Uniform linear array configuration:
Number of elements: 24
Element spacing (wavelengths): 1
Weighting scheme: cosine
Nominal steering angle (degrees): -15
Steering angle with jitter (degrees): -16.46
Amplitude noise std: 0.05
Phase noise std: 0.05

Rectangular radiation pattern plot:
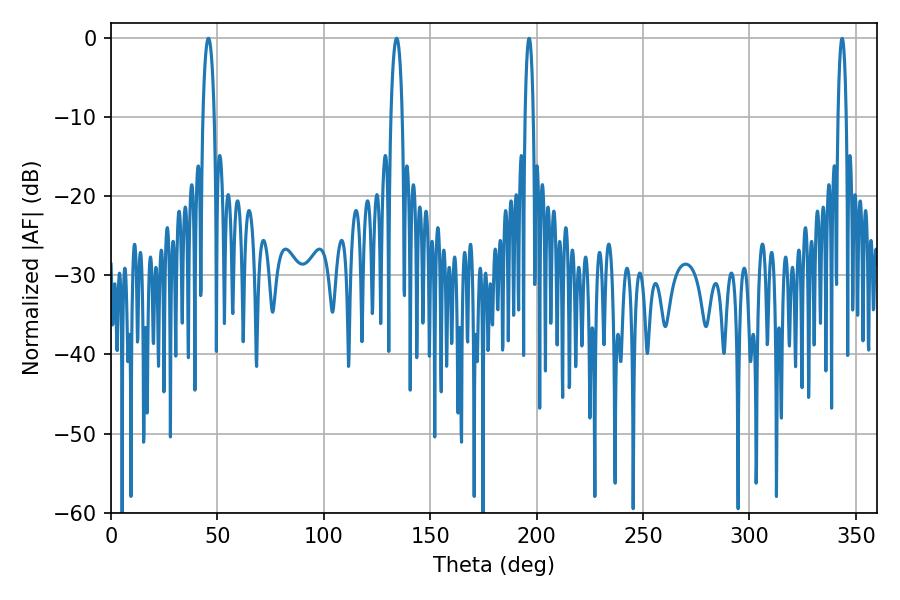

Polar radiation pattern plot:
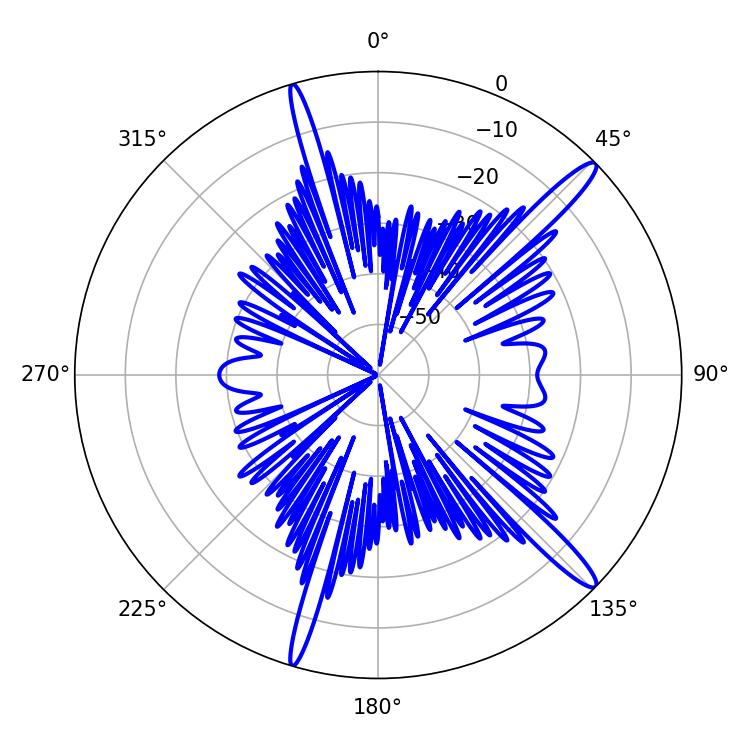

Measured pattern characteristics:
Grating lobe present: TRUE
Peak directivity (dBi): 15.104
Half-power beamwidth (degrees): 3.06
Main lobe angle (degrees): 45.72